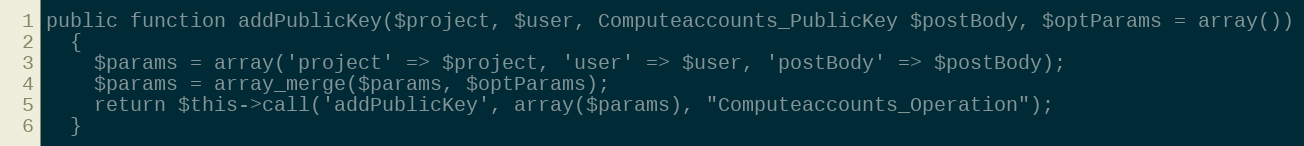
Language: PHP
public function addPublicKey($project, $user, Computeaccounts_PublicKey $postBody, $optParams = array())
  {
    $params = array('project' => $project, 'user' => $user, 'postBody' => $postBody);
    $params = array_merge($params, $optParams);
    return $this->call('addPublicKey', array($params), "Computeaccounts_Operation");
  }